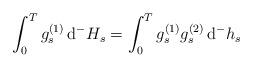
LaTeX: \begin{align*}\int_0^T g_s^{(1)}\,\mathrm{d}^{-}H_s = \int_0^T g_s^{(1)}g_s^{(2)}\,\mathrm{d}^{-}h_s\end{align*}